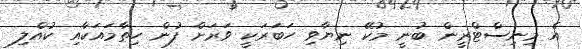
އެ މިނިސްޓްރީން ބުނީ މުކޭ ނިޔާވި ހަބަރަކީ ވަރަށް ފުން ހިތާމައަކާއި ކުއްލި